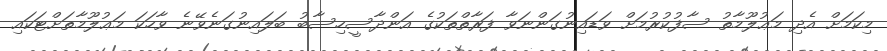
މިކަމަށް އެދި މަޢުލޫމާތު ސާފުކުރުމަށް ވަޑައިނުގަންނަވާ ފަރާތްތަކުގެ އަންދާސީހިސާބު ބަލައިނުގަނެވޭނެ ވާހަކަ މަޢުލޫމާތަށްޓަކައި